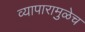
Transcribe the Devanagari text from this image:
व्यापारामुळेच